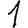
Digit: 1